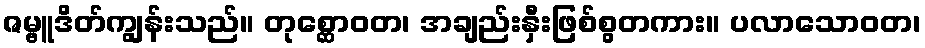
ဇမ္ဗူဒိတ်ကျွန်းသည်။ တုစ္ဆောဝတ၊ အချည်းနှီးဖြစ်စွတကား။ ပလာသောဝတ၊